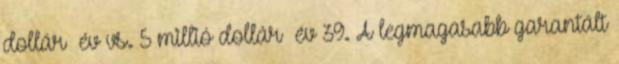
dollár év vs. 5 millió dollár év 39. A legmagasabb garantált